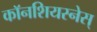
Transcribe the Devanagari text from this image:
काॅनशियस्नेस्